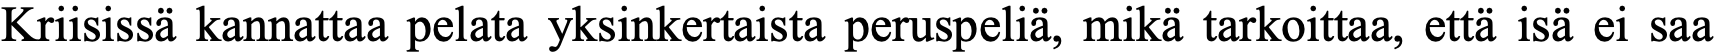
Kriisissä kannattaa pelata yksinkertaista peruspeliä, mikä tarkoittaa, että isä ei saa